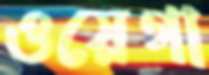
ওয়েগা